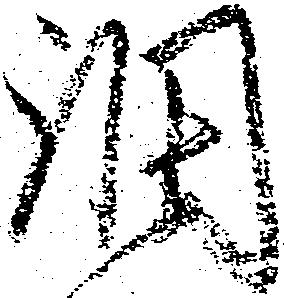
調